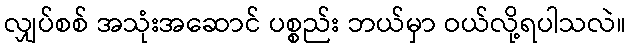
လျှပ်စစ် အသုံးအဆောင် ပစ္စည်း ဘယ်မှာ ဝယ်လို့ရပါသလဲ။